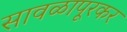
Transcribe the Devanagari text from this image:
सावळापूरकर